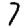
Digit: 7